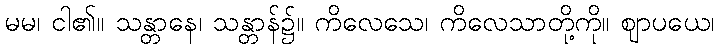
မမ၊ ငါ၏။ သန္တာနေ၊ သန္တာန်၌။ ကိလေသေ၊ ကိလေသာတို့ကို။ ဈာပယေ၊